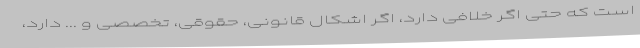
است که حتی اگر خلافی دارد، اگر اشکال قانونی، حقوقی، تخصصی و ... دارد،